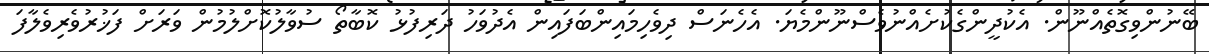
ބޭނުންވިގޮތެއްނޫން. އެކުދީންގެކުށެއްނުވެސްނޫންމެޔަ. އެހެނަސް ދިވެހިމައިންބަފައިން އެދުވަހު ދަރިފުޅު ކޮބާތޯ ސުވާލުކޮށްލުމުން ވަރަށް ފަޚުރުވެރިވެލާފަ